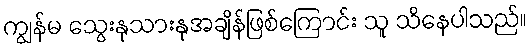
ကျွန်မ သွေးနုသားနုအချိန်ဖြစ်ကြောင်း သူ သိနေပါသည်။